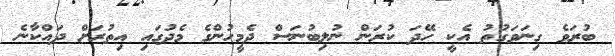
ބުރަވެ ގިނަވަގުތު އެކީ ހޭދަ ކުރަން ނުލިބުނަސް ދެމީހުންގެ މެދުގައި އިތުރަށް ދައްކާނެ